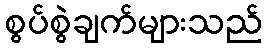
စွပ်စွဲချက်များသည်